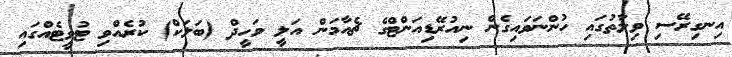
އިނގިރޭސި ވިލާތުގައި ހުންނަވައިގެން ނިއުރޭޑިއަންޓްގެ ޗެއާމަން އަލީ ވަހީދް (ބަލަކް) ކުރެއްވި ޓުވީޓެއްގައި